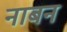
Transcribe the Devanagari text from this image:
नाबन